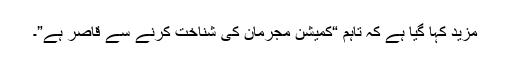
مزید کہا گیا ہے کہ تاہم “کمیشن مجرمان کی شناخت کرنے سے قاصر ہے”۔